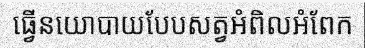
ធ្វើនយោបាយបែបសត្វអំពិលអំពែក